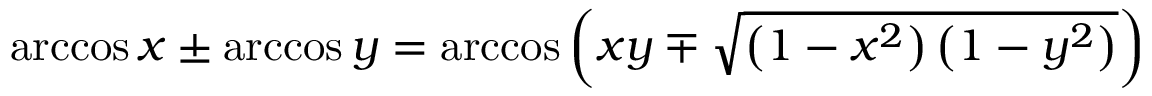
\operatorname { a r c c o s } x \pm \operatorname { a r c c o s } y = \operatorname { a r c c o s } \left( x y \mp { \sqrt { \left( 1 - x ^ { 2 } \right) \left( 1 - y ^ { 2 } \right) } } \right)